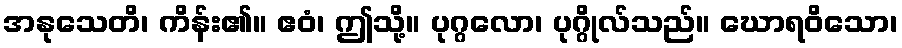
အနုသေတိ၊ ကိန်း၏။ ဧဝံ၊ ဤသို့။ ပုဂ္ဂလော၊ ပုဂ္ဂိုလ်သည်။ ဃောရဝိသော၊